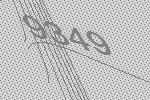
9349